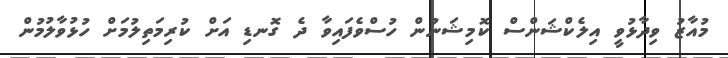
މުއާޒު ވިދާޅުވީ އިލެކްޝަންސް ކޮމިޝަނުން ހުސްވެފައިވާ ދެ ގޮނޑި އަށް ކުރިމަތިލުމަށް ހުޅުވާލުމުން